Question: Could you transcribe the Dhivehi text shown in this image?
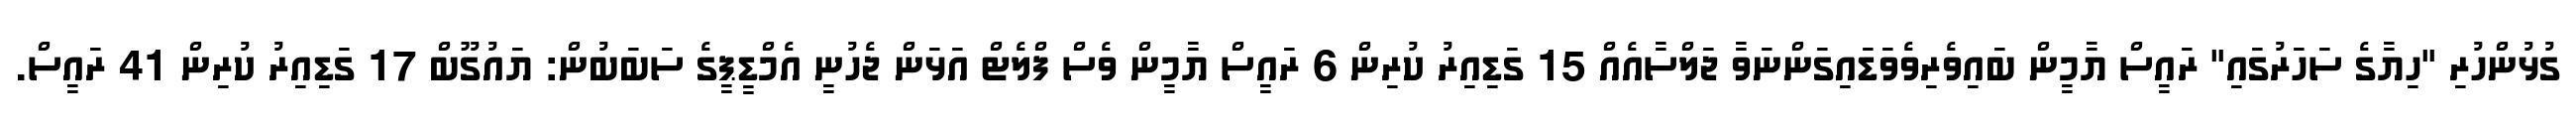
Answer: ގުޅުންހުރި "ހިޔާގެ ސަހަރުގައި" ރައީސް ޔާމީން ބައިވެރިވެވަޑައިގަންނަވާ ޖަލްސާއެއް 15 ގަޑިއިރު ކުރިން 6 ރައީސް ޔާމީން ވެސް ފްލެޓް އަޅަން ޖެހުނީ އެމްޑީޕީގެ ސަބަބުން: ޔައުގޫބް 17 ގަޑިއިރު ކުރިން 41 ރައީސް.